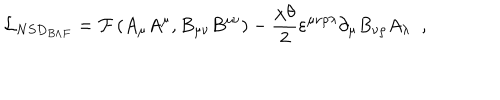
LaTeX: \mathcal { L } _ { N S D _ { B \wedge F } } = \mathcal { F } \left( A _ { \mu } A ^ { \mu } , B _ { \mu \nu } B ^ { \mu \nu } \right) - \frac { \chi \theta } { 2 } \varepsilon ^ { \mu \nu \rho \lambda } \partial _ { \mu } B _ { \nu \rho } A _ { \lambda } \; \; ,